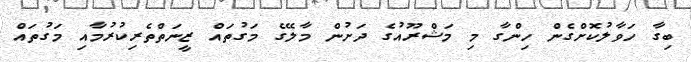
ބިގާ ހަވާލުކޮށްގެން ހިންގާ މި މަޝްރޫއުގެ ދަށުން މާލޭގެ މަގުތައް ޒީނަތްތެރިކުރުމާއި މަގުތައް